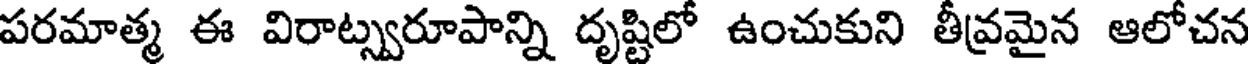
పరమాత్మ ఈ విరాట్స్వరూపాన్ని దృష్టిలో ఉంచుకుని తీవ్రమైన ఆలోచన